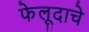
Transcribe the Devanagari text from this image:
फेलूदाचे